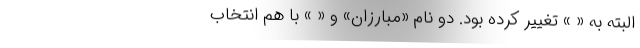
البته به « » تغییر کرده بود. دو نام «مبارزان» و «‌ » با هم انتخاب